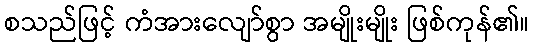
စသည်ဖြင့် ကံအားလျော်စွာ အမျိုးမျိုး ဖြစ်ကုန်၏။